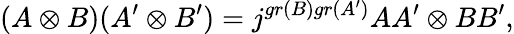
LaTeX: (A\otimes B)(A^{\prime}\otimes B^{\prime})=j^{gr(B)gr(A^{\prime})}AA^{\prime}\otimes BB^{\prime},